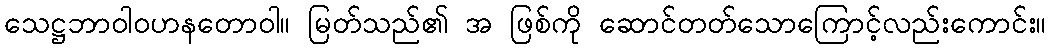
သေဋ္ဌဘာဝါဝဟနတောဝါ။ မြတ်သည်၏ အ ဖြစ်ကို ဆောင်တတ်သောကြောင့်လည်းကောင်း။